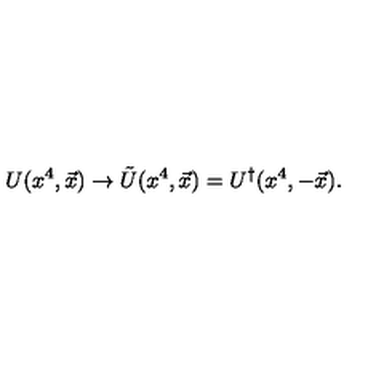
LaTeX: U ( x ^ { 4 } , \vec { x } ) \rightarrow \tilde { U } ( x ^ { 4 } , \vec { x } ) = U ^ { \dagger } ( x ^ { 4 } , - \vec { x } ) .